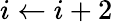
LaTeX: i\gets i+2